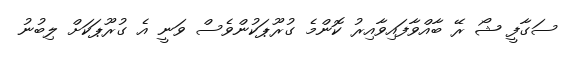
ސަގާފީ ޝޯ ރޭ ބާއްވާފައިވާއިރު ކޮންމެ ގުރޫޕަކުންވެސް ވަނީ އެ ގުރޫޕަކަށް ލިބުނު